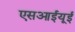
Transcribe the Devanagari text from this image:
एसआईयूई